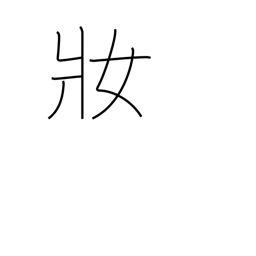
Meaning: dress up